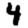
Digit: 4